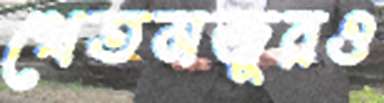
খেতমজুরও